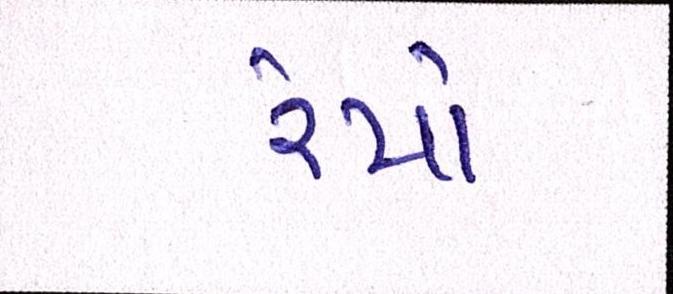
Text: રેપો